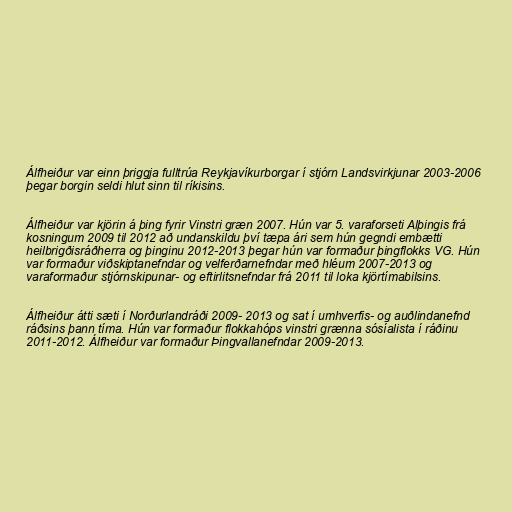
Álfheiður var einn þriggja fulltrúa Reykjavíkurborgar í stjórn Landsvirkjunar 2003-2006
þegar borgin seldi hlut sinn til ríkisins.

Álfheiður var kjörin á þing fyrir Vinstri græn 2007. Hún var 5. varaforseti Alþingis frá
kosningum 2009 til 2012 að undanskildu því tæpa ári sem hún gegndi embætti
heilbrigðisráðherra og þinginu 2012-2013 þegar hún var formaður þingflokks VG. Hún
var formaður viðskiptanefndar og velferðarnefndar með hléum 2007-2013 og
varaformaður stjórnskipunar- og eftirlitsnefndar frá 2011 til loka kjörtímabilsins.

Álfheiður átti sæti í Norðurlandráði 2009- 2013 og sat í umhverfis- og auðlindanefnd
ráðsins þann tíma. Hún var formaður flokkahóps vinstri grænna sósíalista í ráðinu
2011-2012. Álfheiður var formaður Þingvallanefndar 2009-2013.